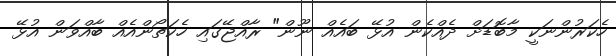
ހެކަރުންނަކީ މާބޮޑަށް ދެއްކެން އުޅޭ ބައެއް ނޫން" ރާއްޖޭގައި ހެކަތޯންއެއް ބާއްވަން އުޅޭ